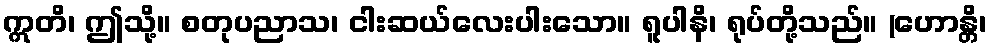
ဣတိ၊ ဤသို့။ စတုပညာသ၊ ငါးဆယ်လေးပါးသော။ ရူပါနိ၊ ရုပ်တို့သည်။ (ဟောန္တိ၊